Indian Civil Veterinary Department memoirs
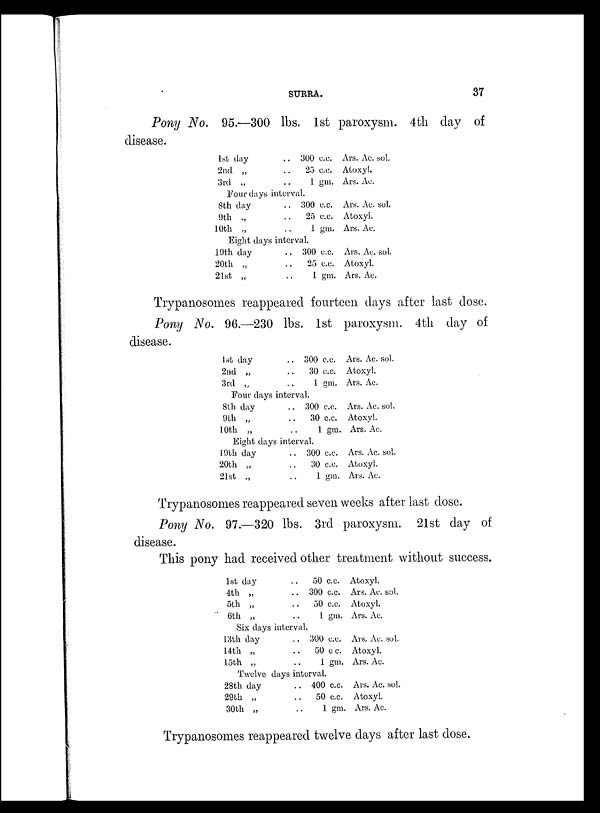
SURRA.
37
Pony No. 95.—300 lbs. 1st paroxysm. 4th day of
disease.
1st day ..
2nd „
3rd „ ..
Four days interval
8th day ..
9th „
10th „ ..
Eight days interval
19th day ..
20th „ ..
21st „ ..
300 c.c.
25 c.c.
1 gm.
300 c.c.
25 c.c.
1 gm.
300 c.c.
25 c.c.
1 gm.
Ars. Ac. sol.
Atoxyl.
Ars. Ac.
Ars. Ac. sol.
Atoxyl.
Ars. Ac.
Ars. Ac. sol.
Atoxyl.
Ars. Ac.
Trypanosomes reappeared fourteen days after last dose.
Pony No. 96.—230 lbs. 1st paroxysm. 4th day of
disease.
1st day ..
2nd „ ..
3rd
„
..
Pour days interval
8th day ..
9th „ ..
10th „ ..
Eight days interval
19th day ..
20th „ ..
21st „ ..
300 c.c.
30 c.c.
1 gm.
.
300 c.c.
30 c.c.
1 gm.
300 c.c.
30 c.c.
1 gm.
Ars. Ac. sol.
Atoxyl.
Ars. Ac.
Ars. Ac. sol.
Atoxyl.
Ars. Ac.
Ars. Ac. sol.
Atoxyl.
Ars. Ac.
Trypanosomes reappeared seven weeks after last dose.
Pony No. 97.—320 lbs. 3rd paroxysm. 21st day of
disease.
This pony had received other treatment without success.
1st day
..
50 c.c.
4th „
..
300 c.c.
5th „
50 c.c.
6th „
..
1 gm.
Six days interval.
13th day
..
300 c.c.
14th „
..
50 c.c.
15th „
..
1 gm.
Twelve days interval.
28th day
..
400 c.c.
29th „
..
50 c.c.
30th „
..
1 gm.
Atoxyl.
Ars. Ac. sol.
Atoxyl.
Ars. Ac.
Ars. Ac. sol.
Atoxyl.
Ars. Ac.
Ars. Ac. sol.
Atoxyl.
Ars. Ac.
Trypanosomes reappeared twelve days after last dose.